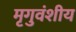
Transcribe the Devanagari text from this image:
मृगुवंशीय